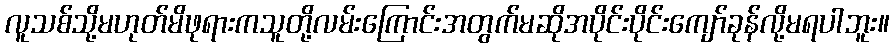
လူသစ်သို့မဟုတ်မိဖုရားကသူတို့လမ်းကြောင်းအတွက်မဆိုအပိုင်းပိုင်းကျော်ခုန်လို့မရပါဘူး။